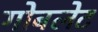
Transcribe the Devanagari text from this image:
गोबलेट